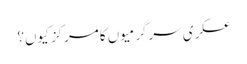
عسکری سرگرمیوں کا مرکز کیوں؟